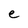
Character: e